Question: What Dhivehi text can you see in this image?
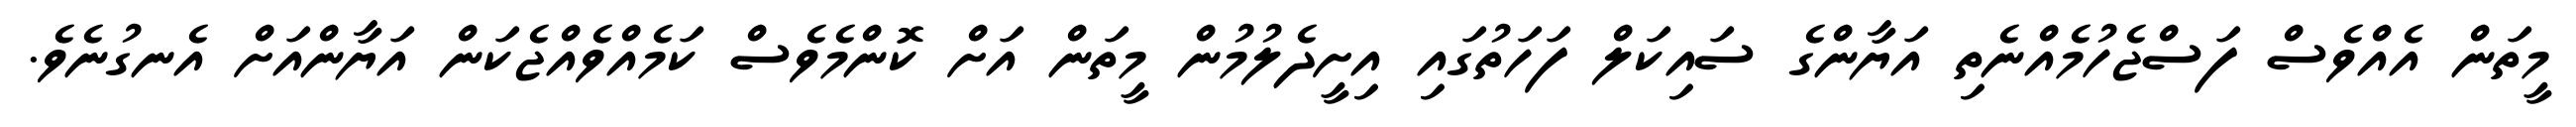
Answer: މީތަން އެއްވެސް ފަސްޖެހުމެއްނެތި އަޔާންގެ ސައިކަލް ފަހަތުގައި އިށީދެލުމުން މީތަން އަށް ކޮންމެވެސް ކަމެއްވެއްޖެކަން އަޔާންއަށް އެނގުނެވެ.